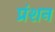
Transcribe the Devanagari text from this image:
प्रंशन